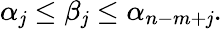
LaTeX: \alpha_{\mathit{j}}\leq\beta_{\mathit{j}}\leq\alpha_{n-m+\mathit{j}}.